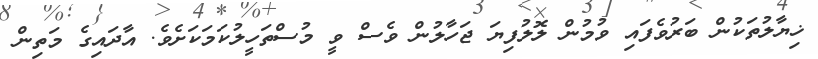
ޚިޔާލުތަކުން ބަރުވެފައި ވުމުން ލޮލުފިޔަ ޖަހާލުން ވެސް ވީ މުސްތަހީލުކަމަކަށެވެ. އާދައިގެ މަތިން